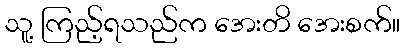
သူ့ ကြည့်ရသည်က အေးတိ အေးစက်။